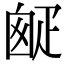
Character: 𤴙